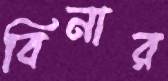
বিনার